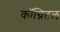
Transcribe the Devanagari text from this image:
कॉग्निटल